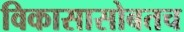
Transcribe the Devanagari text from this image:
विकासासोबतच